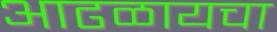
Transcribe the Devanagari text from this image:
आढळायचा